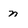
Character: n